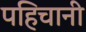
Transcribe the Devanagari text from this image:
पहिचानी